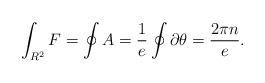
LaTeX: \begin{align*}\int_{R^2} {F} = \oint {A}= \frac{1}{e}\oint \partial\theta=\frac{ 2\pi n }{e} .\end{align*}